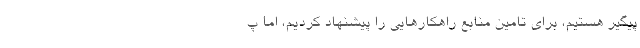
پیگیر هستیم، برای تامین منابع راهکار‌هایی را پیشنهاد کردیم، اما پ